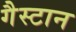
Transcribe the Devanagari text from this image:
गैस्टान